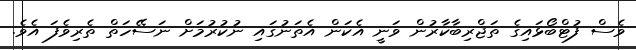
ވެސް ފުޓްބޯޅައިިގެ ތަޖްރިބާކާރުން ވަނީ އެކަން އެތަނުގައިި ނުކުރުމަށް ނަސޭހަތް ތެރިވެފަ އެވެ.